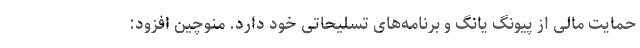
حمایت مالی از پیونگ یانگ و برنامه‌های تسلیحاتی خود دارد. منوچین افزود: